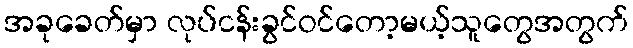
အခုခေတ်မှာ လုပ်ငန်းခွင်ဝင်တော့မယ့်သူတွေအတွက်